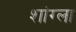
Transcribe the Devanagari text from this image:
शांग्ला